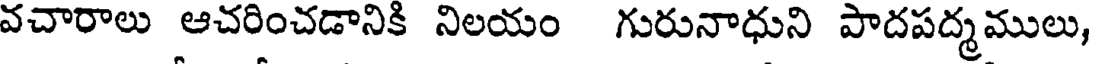
వచారాలు ఆచరించడానికి నిలయం గురునాధుని పాదపద్మములు,